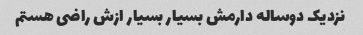
نزدیک دوساله دارمش بسیار بسیار ازش راضی هستم